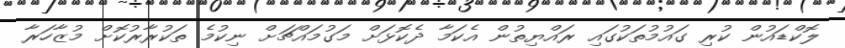
ލޮކްޑައުން ކުރި ގައުމުތަކުގައި ރައްޔިތުން އެކަމާ ދެކޮޅަށް މަގުމައްޗަށް ނިކުމެ ތަކުރާރުކޮށް މުޒާހަރާ